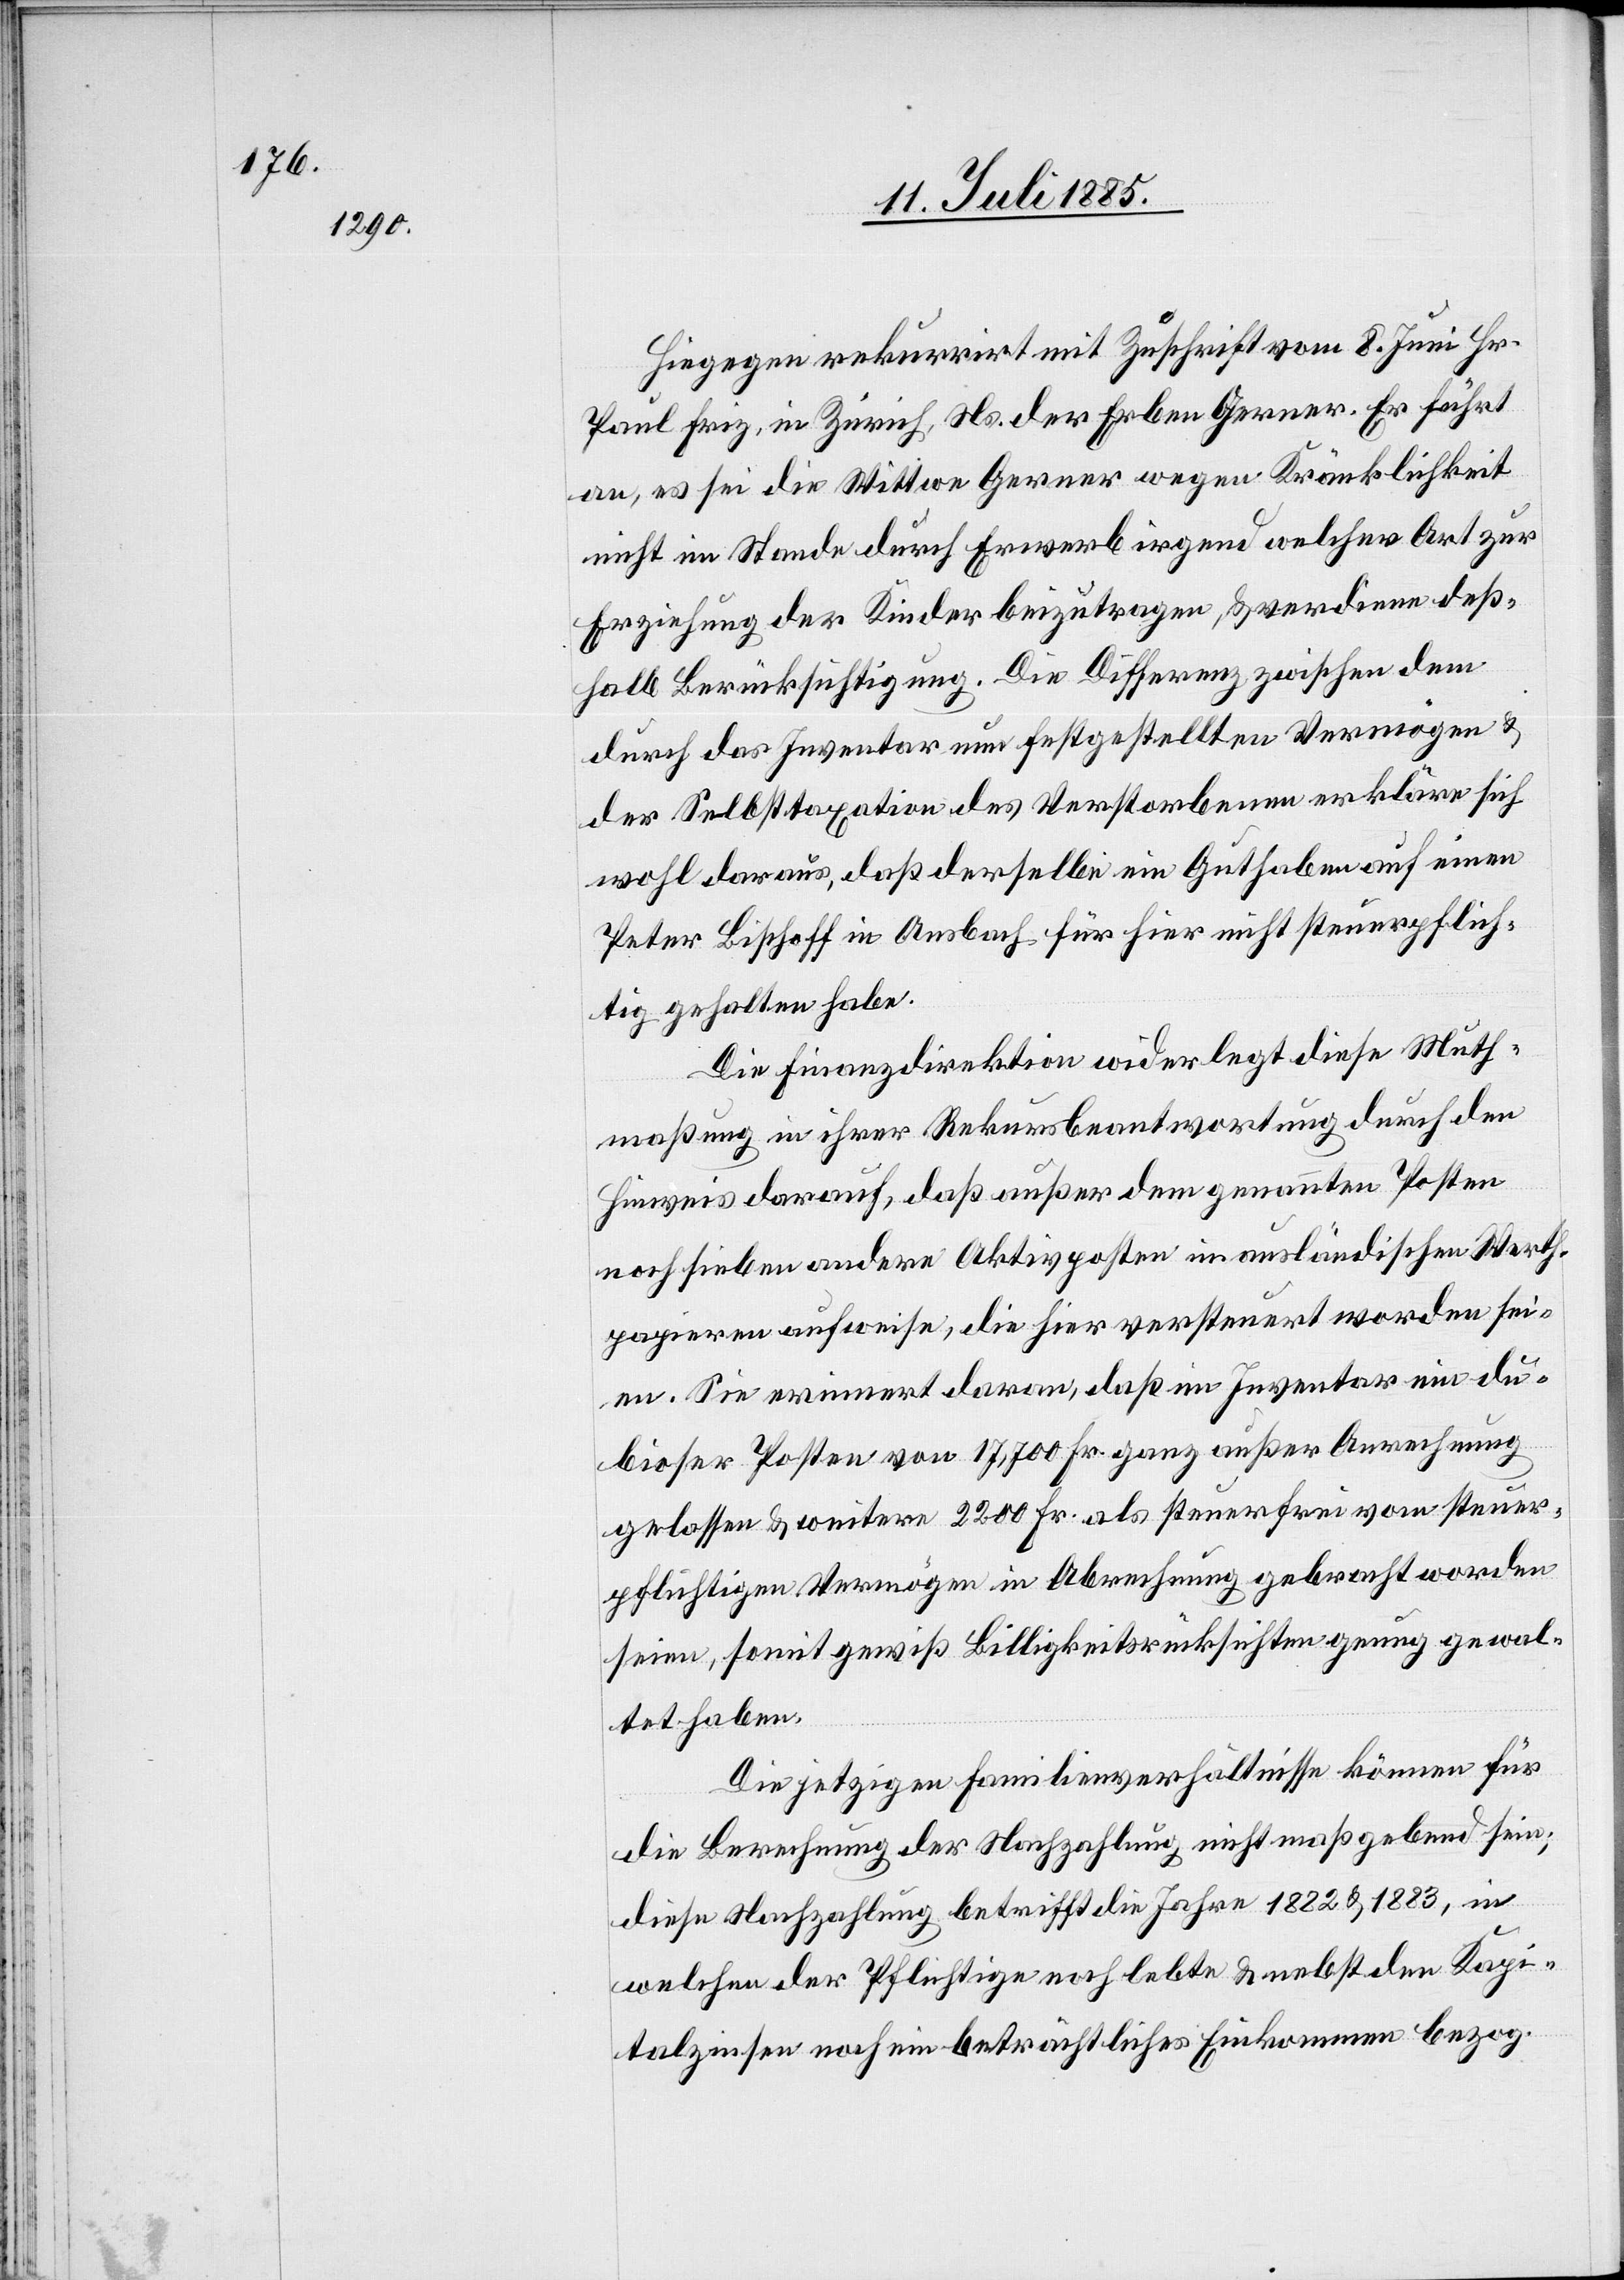
Hiegegen rekurrirt mit Zuschrift vom 8. Juni Hr.
Friz [sic!], in Zürich, Ns. der Erben Gerner. Er führt
an, es sei die Wittwe Gerner wegen Kränklichkeit
nicht im Stande durch Erwerb irgend welcher Art zur
Erziehung der Kinder beizutragen, & verdiene deß¬
halb Berücksichtigung. Die Differenz zwischen dem
durch das Inventar nun festgestellten Vermögen &
der Selbsttaxation des Verstorbenen erkläre sich
wohl daraus, daß derselbe ein Guthaben auf einen
Peter Bischoff in Ansbach für hier nicht steuerpflich¬
tig gehalten habe.
Die Finanzdirektion widerlegt diese Muth¬
maßung in ihrer Rekursbeantwortung durch den
Hinweis darauf, daß außer dem genannten Posten
noch sieben andere Aktivposten in ausländischen Werth¬
papieren aufweise, die hier versteuert worden sei¬
en. Sie erinnert daran, daß im Inventar ein du¬
bioser Posten von 17,700 Fr. ganz außer Anrechnung
gelassen & weitere 2200 Fr. als steuerfrei vom steuer¬
pflichtigen Vermögen in Abrechnung gebracht worden
seien, somit gewiß Billigkeitsrücksichten genug gewal¬
tet haben.
Die jetzigen Familienverhältnisse können für
die Berechnung der Nachzahlung nicht maßgebend sein;
diese Nachzahlung betrifft die Jahre 1882 & 1883, in
welchen der Pflichtige noch lebte & nebst den Kapi¬
talzinsen noch ein beträchtliches Einkommen bezog.